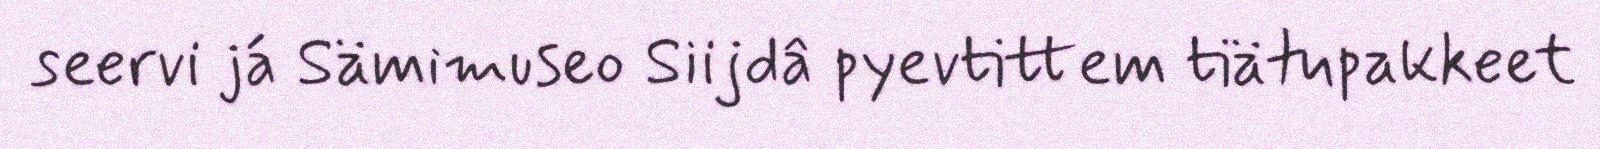
seervi já Sämimuseo Siijdâ pyevtittem tiätupakkeet